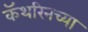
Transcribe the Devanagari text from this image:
कॅथरिनच्या